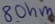
Text: 8Ohm